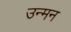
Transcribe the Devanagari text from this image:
उन्मन